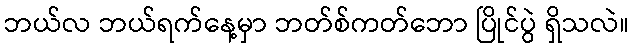
ဘယ်လ ဘယ်ရက်နေ့မှာ ဘတ်စ်ကတ်ဘော ပြိုင်ပွဲ ရှိသလဲ။